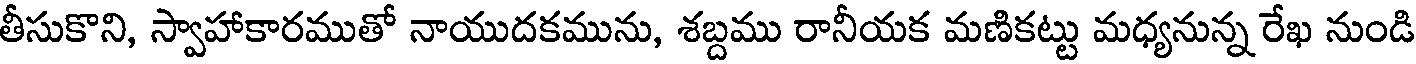
తీసుకొని, స్వాహాకారముతో నాయుదకమును, శబ్దము రానీయక మణికట్టు మధ్యనున్న రేఖ నుండి